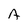
Character: A